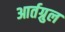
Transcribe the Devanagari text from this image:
आर्तग्रुल